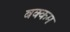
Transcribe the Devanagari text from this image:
बक्कम